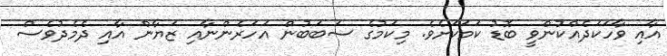
އާއި ވާހަކަދެއްކުންވީ ބޮޑު ކަމަކަށެވެ. މިކަމުގެ ސަބަބުން އަހަރެންނާއި ޒަޔާން އާއި ދެމެދުވެސް